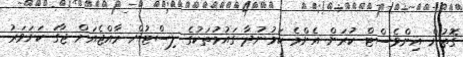
ގޮތުން އިންވެސްޓް ކުރަން އެންމެ ކަމުނުދާ ގައުމުތަކުގެ ލިސްޓުން ރާއްޖެއަށް ޖާގަ ކަށަވަރު